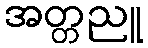
အတ္တညူ